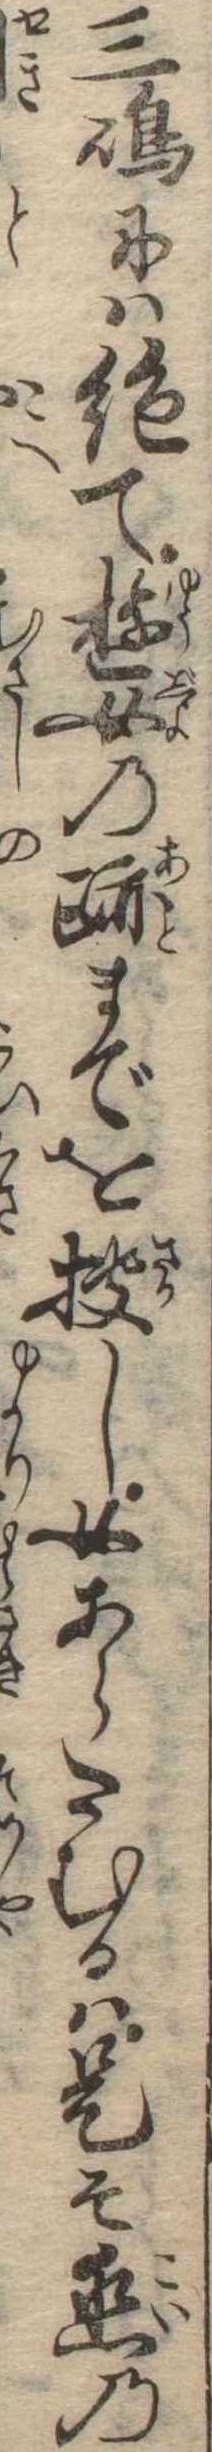
三島には絶て遊女の跡までを捜し女あらたむるは是そ恋の